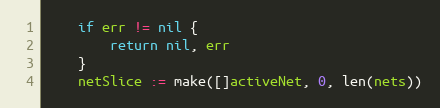
Language: Go
	if err != nil {
		return nil, err
	}
	netSlice := make([]activeNet, 0, len(nets))